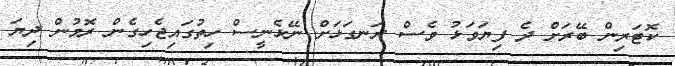
ކޮޓަރިން ބޭރަށް ދެ ފިޔަވަޅު ވެސް ރަނގަޅަށް ނޭޅެނީސް ހިތުގައިޖެހިގެން ރޮމުން ދިޔަ